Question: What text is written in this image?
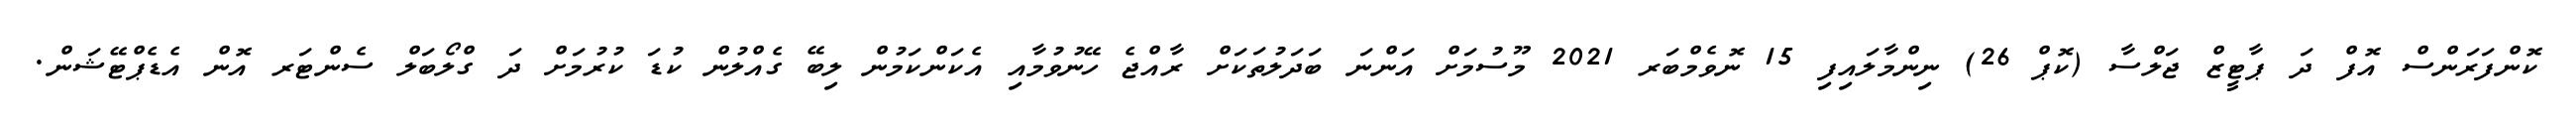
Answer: ކޮންފަރަންސް އޮފް ދަ ޕާޓީޒް ޖަލްސާ (ކޮޕް 26) ނިންމާލައިފި 15 ނޮވެމްބަރ 2021 މޫސުމަށް އަންނަ ބަދަލުތަކަށް ރާއްޖެ ހޭނުވުމާއި އެކަންކަމުން ލިބޭ ގެއްލުން ކުޑަ ކުރުމަށް ދަ ގްލޯބަލް ސެންޓަރ އޮން އެޑެޕްޓޭޝަން.